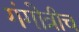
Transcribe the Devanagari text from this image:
गंगोत्रीच